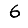
Digit: 6